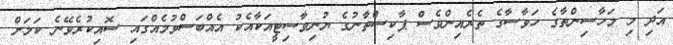
އަދި މި މަހާސިންތާގެ ހަވާސާގެ ތެރެއިންވެސް ޕާކިސްތާނުގެ ޔުނިވާސިޓީއަކާއެކު އެއްބަސްވުމެއްގައި ސޮއިކުރެވޭނެ ކަމަށް